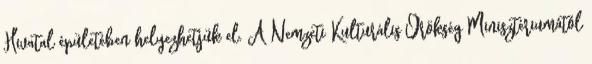
Hivatal épületében helyezhetjük el. A Nemzeti Kulturális Örökség Minisztériumától